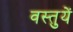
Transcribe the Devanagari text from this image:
वस्‍तुयें